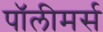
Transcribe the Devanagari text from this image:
पॉलीमर्स